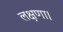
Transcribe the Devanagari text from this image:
लक्षणा।